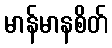
မာန်မာနစိတ်